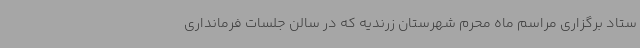
ستاد برگزاری مراسم ماه محرم شهرستان زرندیه که در سالن جلسات فرمانداری